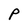
Character: P